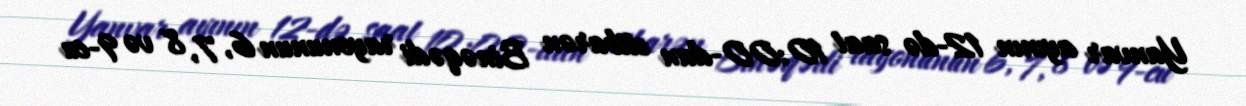
Yanvar ayının 12-də saat 10:00-dan etibarən Binəqədi rayonunun 6, 7, 8 və 9-cu